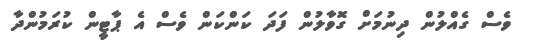
ވެސް ގެއްލުން ދިނުމަށް ގޮވާލުން ފަދަ ކަންކަން ވެސް އެ ޕާޓީން ކުރަމުންދާ